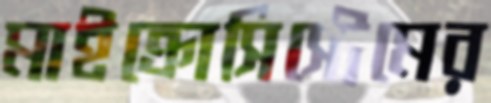
মাইক্রোসিস্টেমের